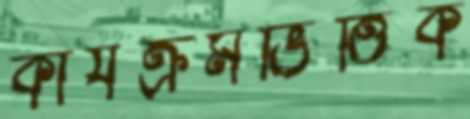
কার্যক্রমভিত্তিক